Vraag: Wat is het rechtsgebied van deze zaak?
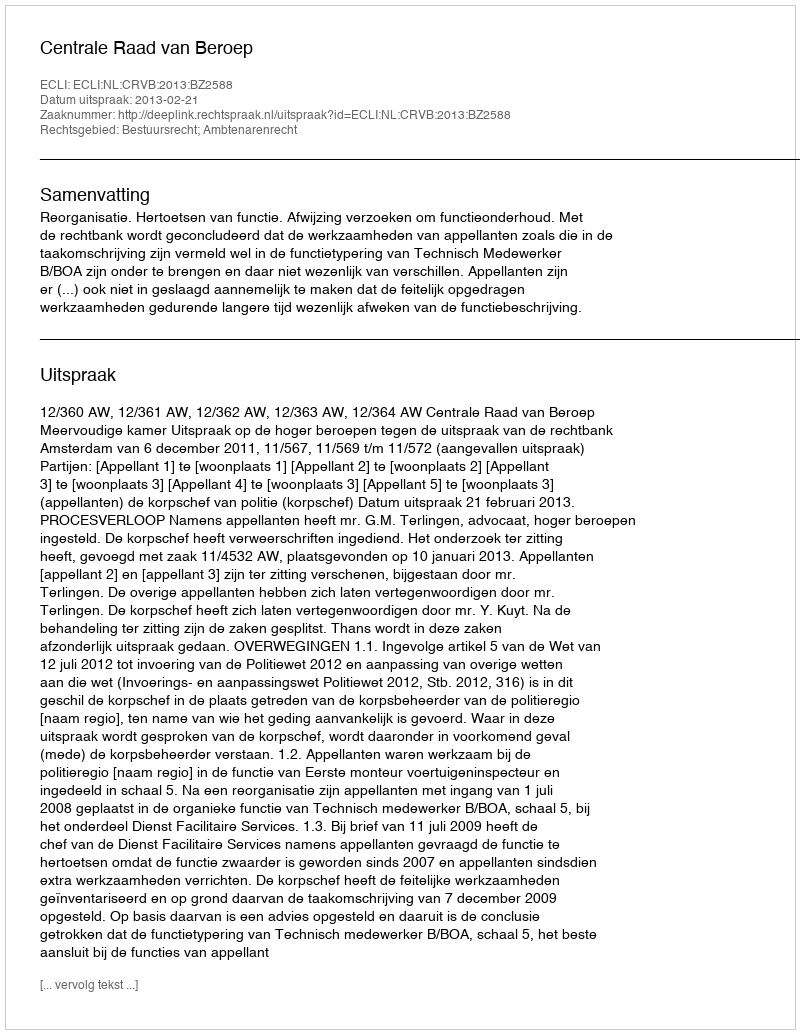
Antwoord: Bestuursrecht; Ambtenarenrecht